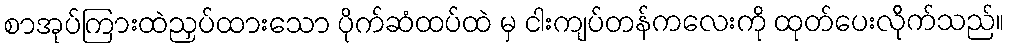
စာအုပ်ကြားထဲညှပ်ထားသော ပိုက်ဆံထပ်ထဲ မှ ငါးကျပ်တန်ကလေးကို ထုတ်ပေးလိုက်သည်။